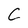
Character: C